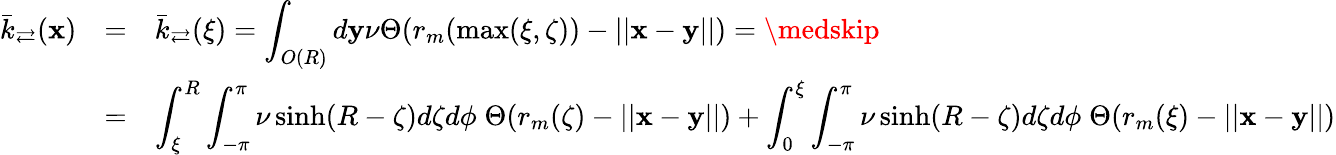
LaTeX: \begin{array}{rll}{\bar{k}_{\rightleftarrows}(\mathbf x)}&{=}&{\bar{k}_{\rightleftarrows}(\xi)=\displaystyle\int_{O(R)}d\mathbf y\nu\Theta(r_{m}(\operatorname*{max}(\xi,\zeta))-||\mathbf x-\mathbf y||)=\medskip}\\ &{=}&{\displaystyle\int_{\xi}^{R}\int_{-\pi}^{\pi}\nu\sinh(R-\zeta)d\zeta d\phi\; \Theta(r_{m}(\zeta)-||\mathbf x-\mathbf y||)+\int_{0}^{\xi}\int_{-\pi}^{\pi}\nu\sinh(R-\zeta)d\zeta d\phi\; \Theta(r_{m}(\xi)-||\mathbf x-\mathbf y||)}\end{array}